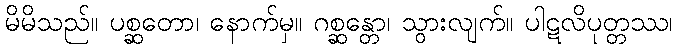
မိမိသည်။ ပစ္ဆတော၊ နောက်မှ။ ဂစ္ဆန္တော၊ သွားလျက်။ ပါဋလိပုတ္တဿ၊